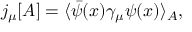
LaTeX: j _ { \mu } [ A ] = \langle \bar { \psi } ( x ) \gamma _ { \mu } \psi ( x ) \rangle _ { A } ,